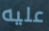
عليه